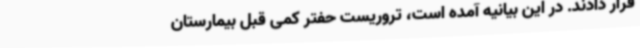
قرار دادند. در این بیانیه آمده است، تروریست حفتر کمی قبل بیمارستان